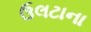
ઉલટાના